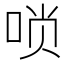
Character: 唢